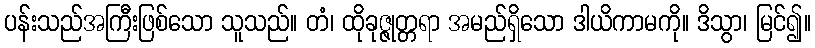
ပန်းသည်အကြီးဖြစ်သော သူသည်။ တံ၊ ထိုခုဇ္ဇုတ္တရာ အမည်ရှိသော ဒါယိကာမကို။ ဒိသွာ၊ မြင်၍။